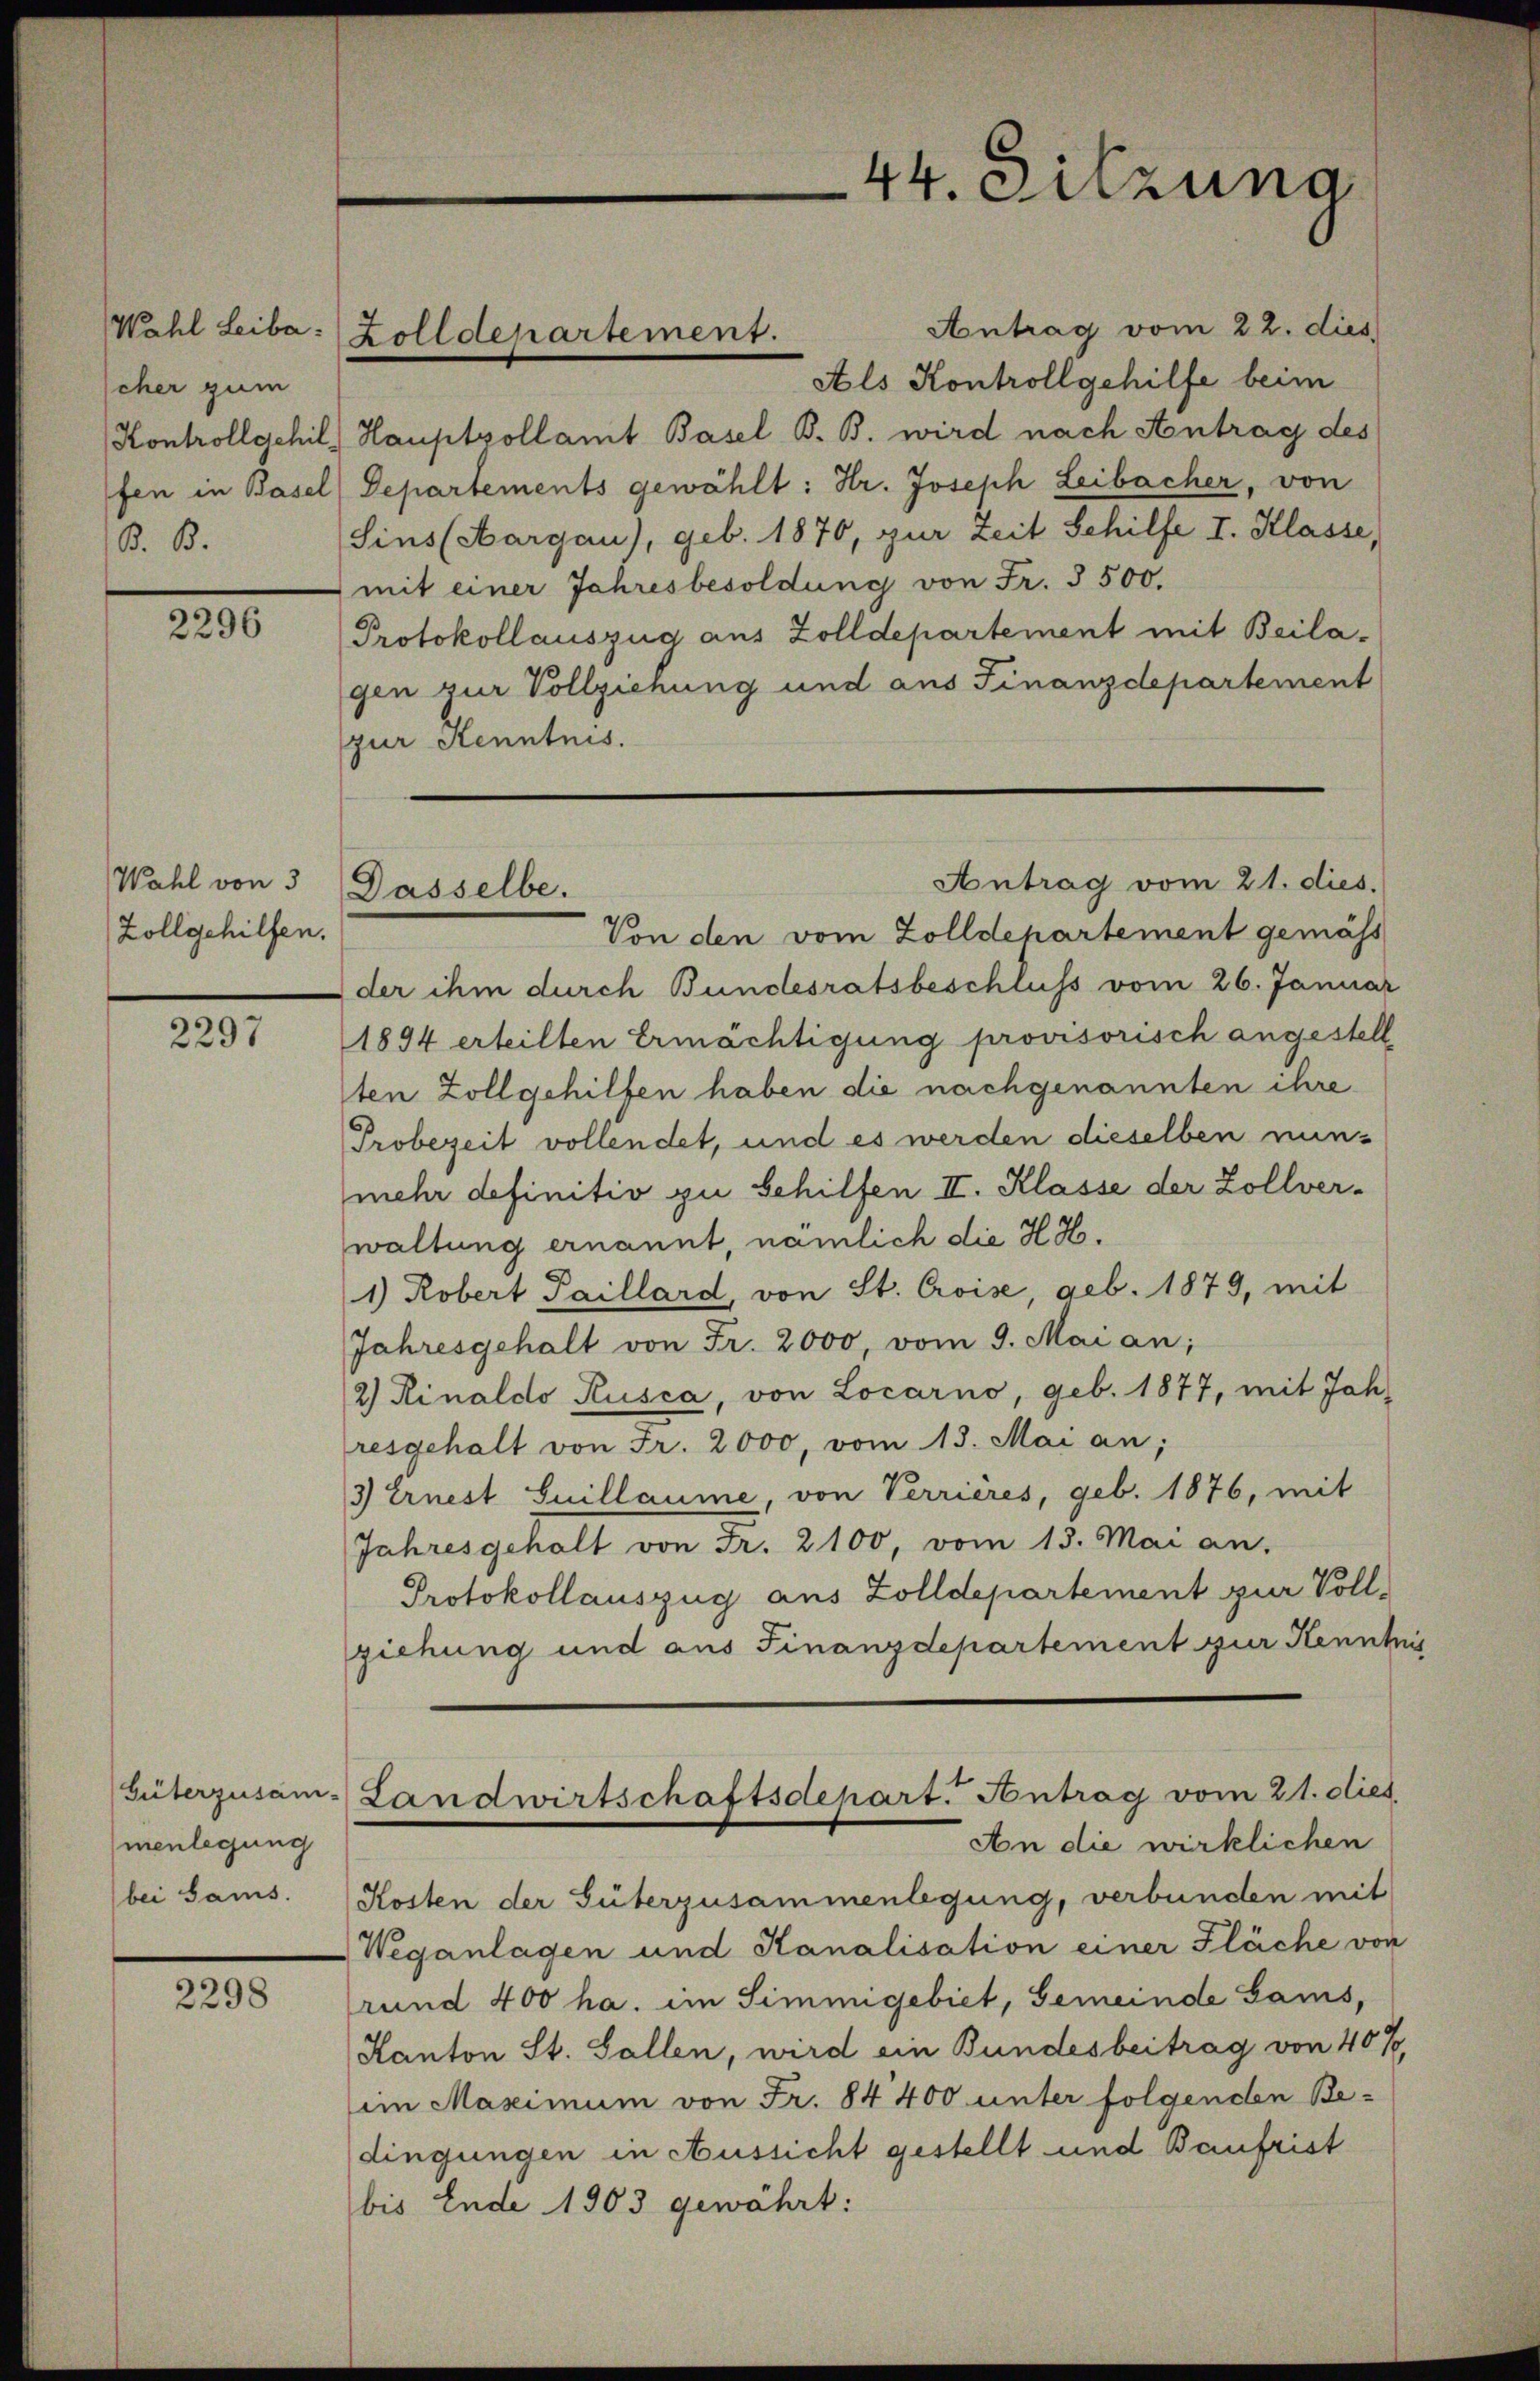
Wahl Leiba
cher zum
fen in Basel
B. B.

2296

Wahl von 3
Zollgehilfen.

2297

menlegung
(bei Sams

2298

Antrag vom 22. dies
Als Kontrollgehilfe beim
Kontrollgehil, Hauptzollamt Basel B. B. wird nach Antrag des
Departements gewählt: Hr. Joseph Leibacher, von
Sins (Aargau), geb. 1870, zur Zeit Schilfe I. Klasse,
(mit einer Jahresbesoldung von Fr. 3500.
Protokollauszug aus Zolldepartement mit Beilagen zur Vollziehung und aus Finanzdepartement
pur Kenntnis.

Zolldepartement.

44. Sitzung

Antrag vom 21. dies.
Dasselbe.

Von den vom Zolldepartement gemäss
der ihm durch Bundesratsbeschluss vom 26. Januar
1894 erteilten Ermächtigung provisorisch angestell
ten Zollgehilfen haben die nachgenannten ihre
Probezeit vollendet, und es werden dieselben nunmehr definitiv zu behilfen II. Klasse der Zollver-
waltung ernannt, nämlich die H. Ho¬
1) Robert Paillard, von St. Croise, geb. 1879, mit
Jahresgehalt von Fr. 2000, vom 9. Mai an;
2) Rinaldo Rusca, von Locarno, geb. 1877, mit Joh.
resgehalt von Fr. 2000, vom 13. Mai an;
3) Ernest Suillaume, von Verrières, geb. 1876, mit
Jahresgehalt von Fr. 2100, vom 13. Mai an,
Protokollauszug aus Zolldepartement zur Voll-
ziehung und aus Finanzdepartement zur Kenntis
Güterzusam- Landwirtschaftsdepart. Antrag vom 21. dies
An die wirklichen
Kosten der Güterzusammenlegung, verbunden mit
Weganlagen und Kanalisation einer Fläche von
rund 400 ha. im Simmigebiet, Gemeinde Gams,
Kanton St. Gallen, wird ein Bundesbeitrag von 40%,
im Maximum von Fr. 84400 unter folgenden Be-
dingungen in Aussicht gestellt und Baufrist
bis Ende 1903 gewährt: